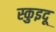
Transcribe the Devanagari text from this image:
स्कुइदू